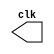
// -------------------------
//  Gerador de clock -
// Nome: Andre Henriques Fernandes
// ------------------------- 

// ---------------------------
// -- test clock generator (1) 
// --------------------------- 
 
module clock ( clk ); 
 output clk; 
 reg      clk; 
 
 initial 
  begin 
   clk = 1'b0; 
  end 
 
 always 
  begin 
   #12 clk = ~clk; 
  end 
 
endmodule // clock ( )